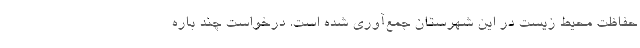
حفاظت محیط زیست در این شهرستان جمع‌آوری شده است. درخواست چند باره